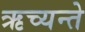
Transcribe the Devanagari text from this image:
ऋच्यन्ते